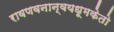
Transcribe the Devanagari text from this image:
रावणवनान्वयधूमकेतो